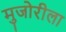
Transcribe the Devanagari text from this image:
मुजोरीला